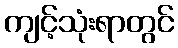
ကျင့်သုံးရာတွင်